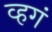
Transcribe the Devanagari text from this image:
व्हगं